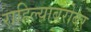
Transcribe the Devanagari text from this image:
राहिल्याबरोबर